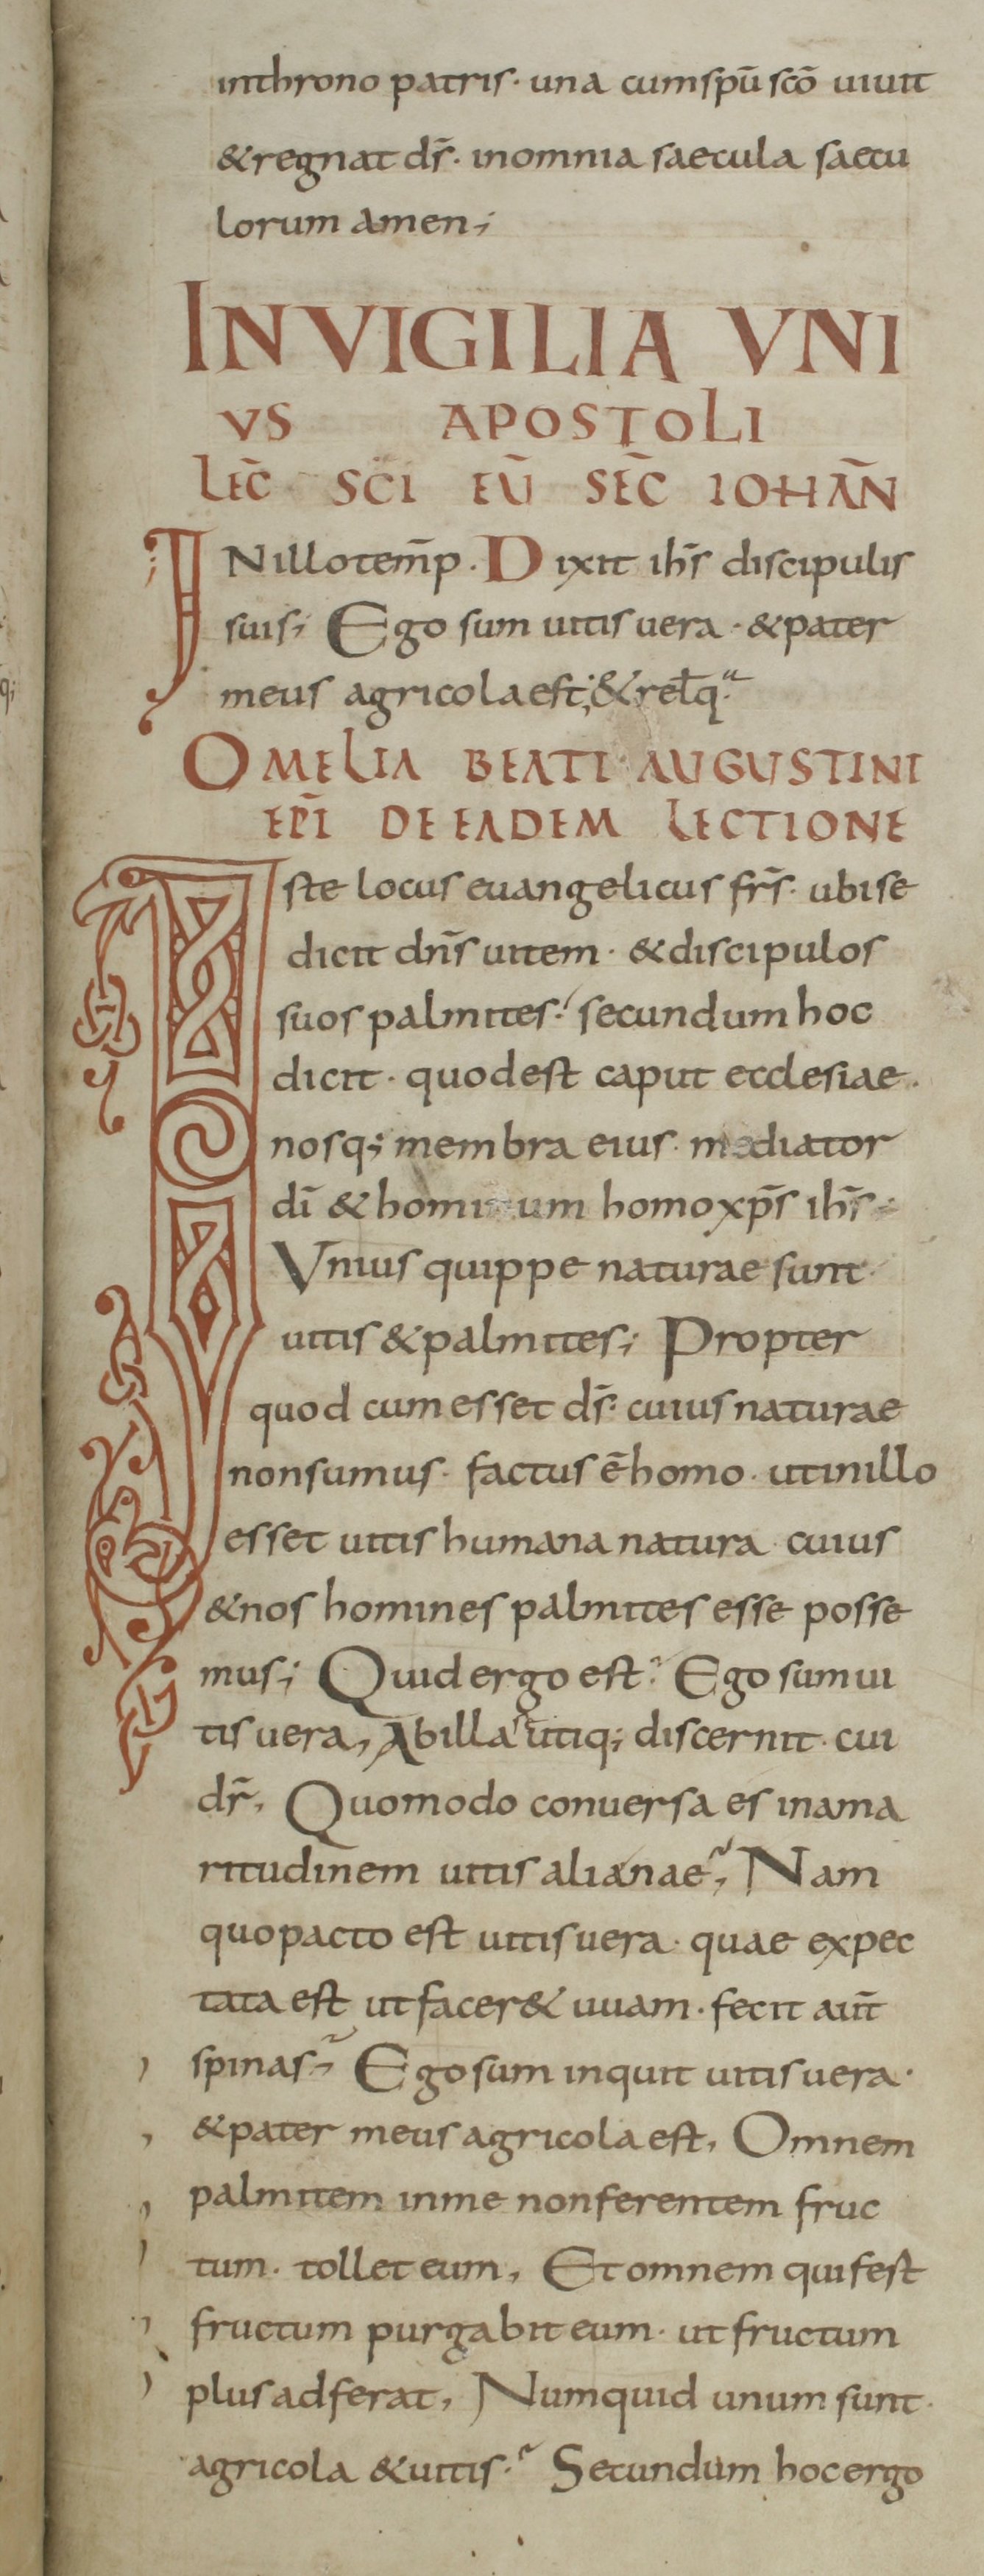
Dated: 800–899